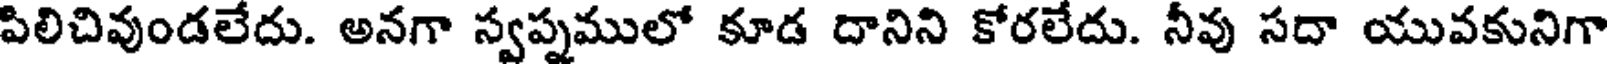
పిలిచివుండలేదు. అనగా స్వప్నములో కూడ దానిని కోరలేదు. నీవు సదా యువకునిగా